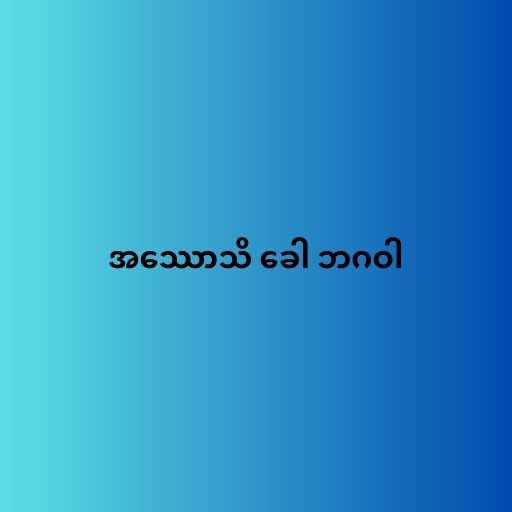
အဿောသိ ခေါ ဘဂဝါ